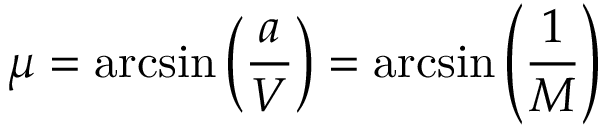
\mu = \arcsin \left( { \frac { a } { V } } \right) = \arcsin \left( { \frac { 1 } { M } } \right)